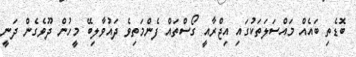
ބޮޑެތި ބައެއް މައްސަލަތަކުގައި އިޖްރާއީ ގޯސްތައް ފެންމަތިވެ ދައުވާލިބޭ މީހުން ދޫވެގެން ދަނީ